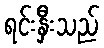
ရင်းနှီးသည်